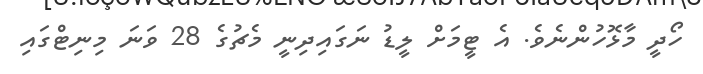
ހޯދީ މާޅޮހުންނެވެ. އެ ޓީމަށް ލީޑު ނަގައިދިނީ މެޗުގެ 28 ވަނަ މިނިޓްގައި